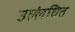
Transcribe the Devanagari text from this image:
उल्लंघित